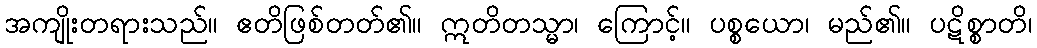
အကျိုးတရားသည်။ ဧတိဖြစ်တတ်၏။ ဣတိတသ္မာ၊ ကြောင့်။ ပစ္စယော၊ မည်၏။ ပဋိစ္စာတိ၊